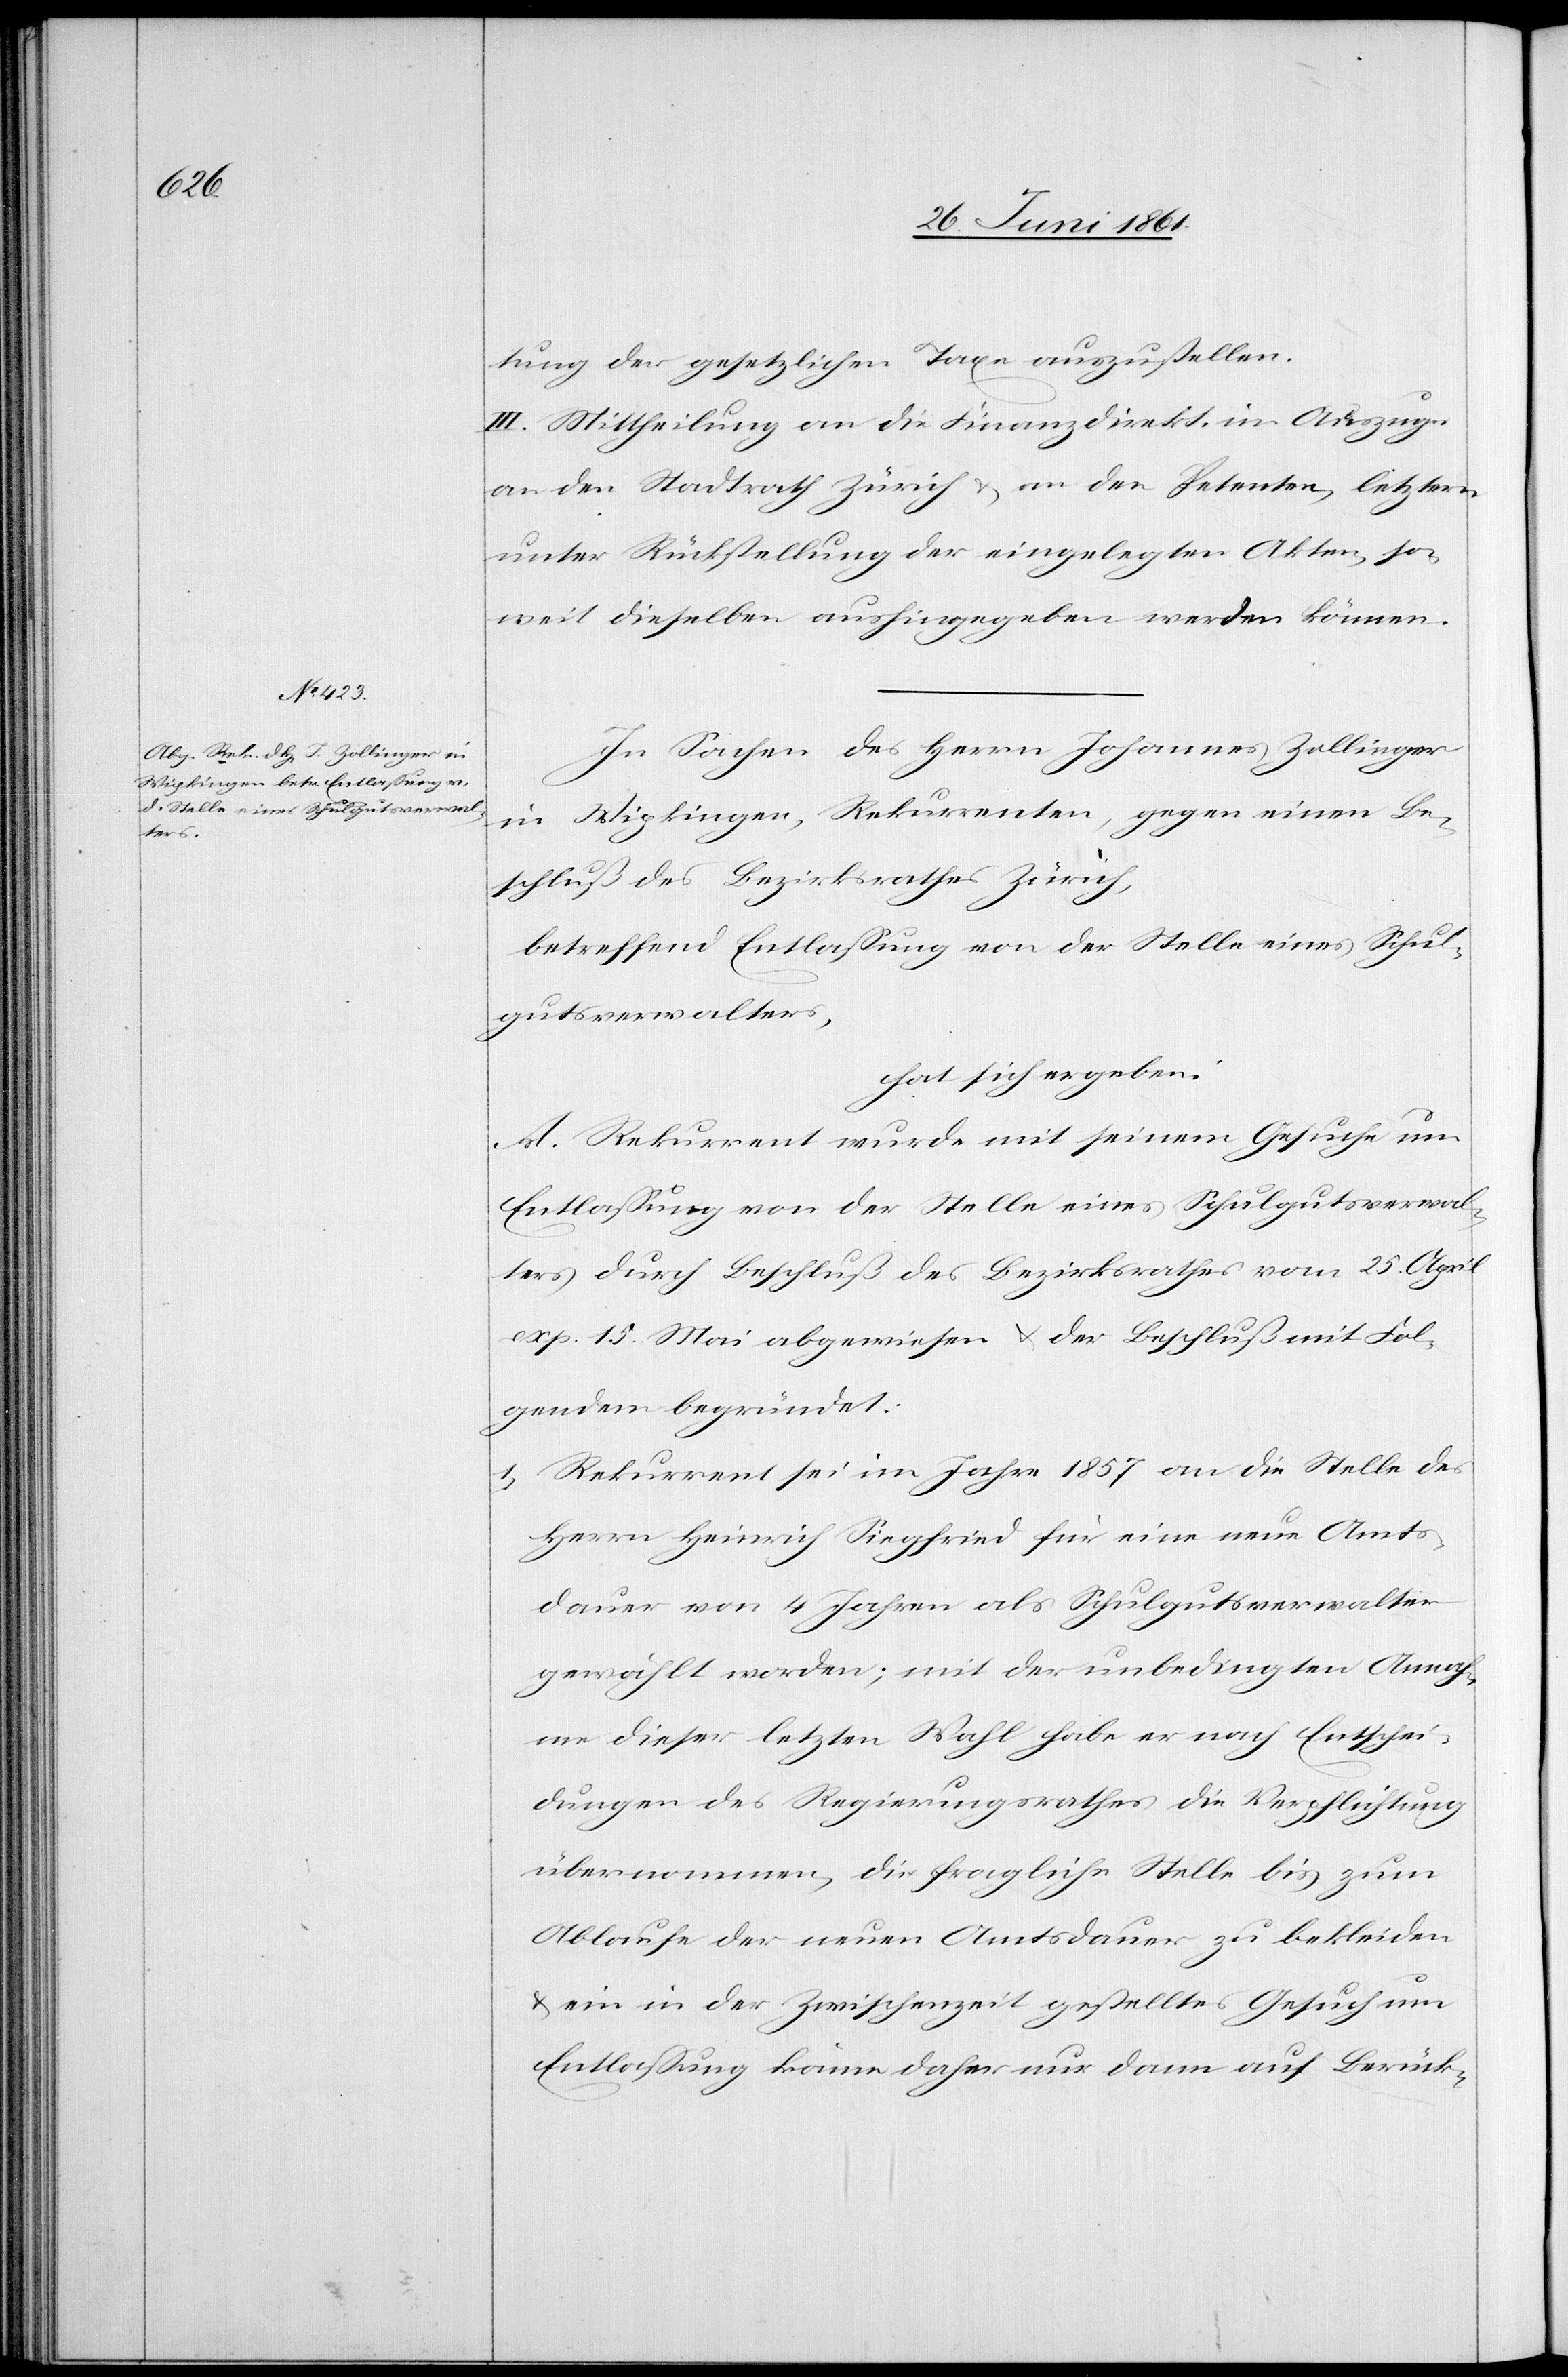
tung der gesetzlichen Taxe auszustellen.
III. Mittheilung an die Finanzdirektion im Auszuge
an den Stadtrath Zürich u. an den Petenten, letztern
unter Rückstellung der eingelegten Akten, so¬
weit dieselben aushingegeben werden können.
In Sachen des Herrn Johannes Zollinger
in Wipkingen, Rekurrenten, gegen einen Be¬
schluß des Bezirksrathes Zürich,
betreffend Entlassung von der Stelle eines Schul¬
gutsverwalters,
hat sich ergeben:
A. Rekurrent wurde mit seinem Gesuche um
Entlassung von der Stelle eines Schulgutsverwal¬
ters durch Beschluß des Bezirksrathes vom 25. April
exp. 15. Mai abgewiesen u. der Beschluß mit Fol¬
gendem begründet:
1) Rekurrent sei im Jahre 1857 an die Stelle des
Herrn Heinrich Siegfried für eine neue Amts¬
dauer von 4 Jahren als Schulgutsverwalter
gewählt worden; mit der unbedingten Annah¬
me dieser letzten Wahl habe er nach Entschei¬
dungen des Regierungsrathes die Verpflichtung
übernommen, die fragliche Stelle bis zum
Ablaufe der neuen Amtsdauer zu bekleiden
u. ein in der Zwischenzeit gestelltes Gesuch um
Entlassung könne daher nur dann auf Berück-